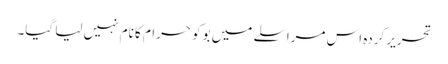
تحریر کردہ اس مراسلے میں بوکو حرام کا نام نہیں لیا گیا۔